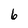
Character: 6